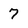
Character: 7